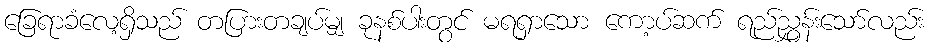
ခြေရာခံလေ့ရှိသည် တပြားတချပ်မျှ ခုနစ်ပါးတွင် မရရှာသော ကော့ပ်ဆက် ရည်ညွှန်းသော်လည်း